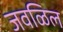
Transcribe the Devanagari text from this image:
जवळिल